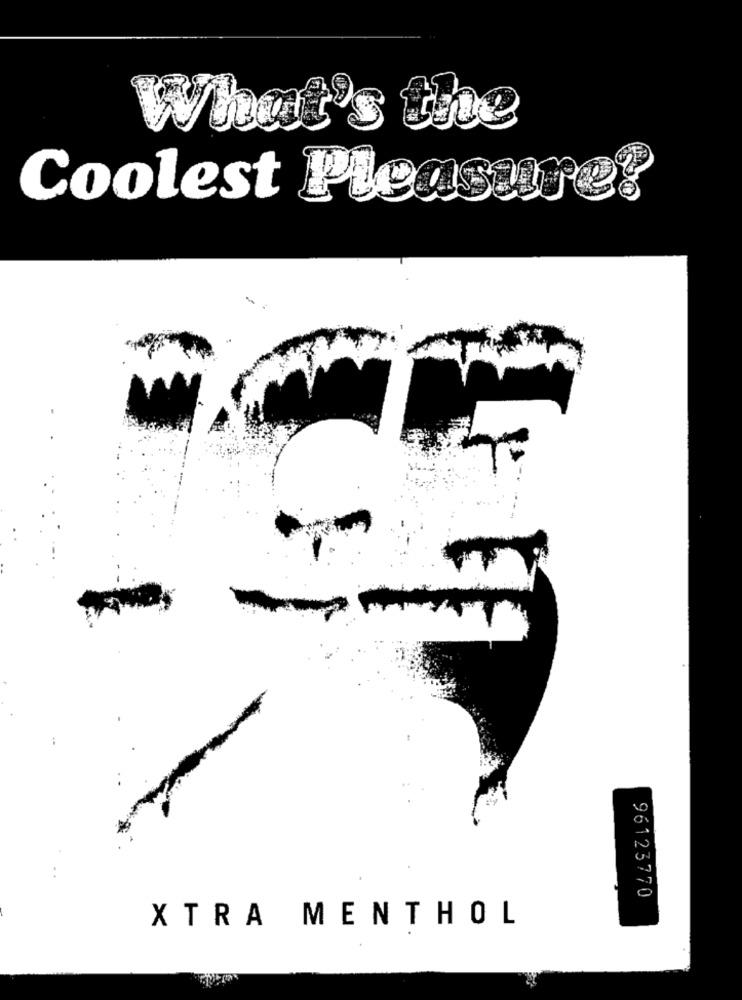
What's the
Coolest Pleasan
96123770
XTRA MENTHOL